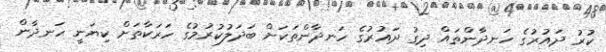
ކުރު ދައުރުގެ ހަނދާންތައް ދިގު ދައުރުގެ ހަނދާންތަކަށް ބަދަލުކުރުމުގެ ހަރަކާތަށް ކިޔަނީ ހަނދާން